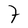
Character: t